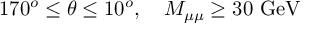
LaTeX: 1 7 0 ^ { o } \leq \theta \leq 1 0 ^ { o } , ~ ~ ~ M _ { \mu \mu } \geq 3 0 ~ \mathrm { G e V }